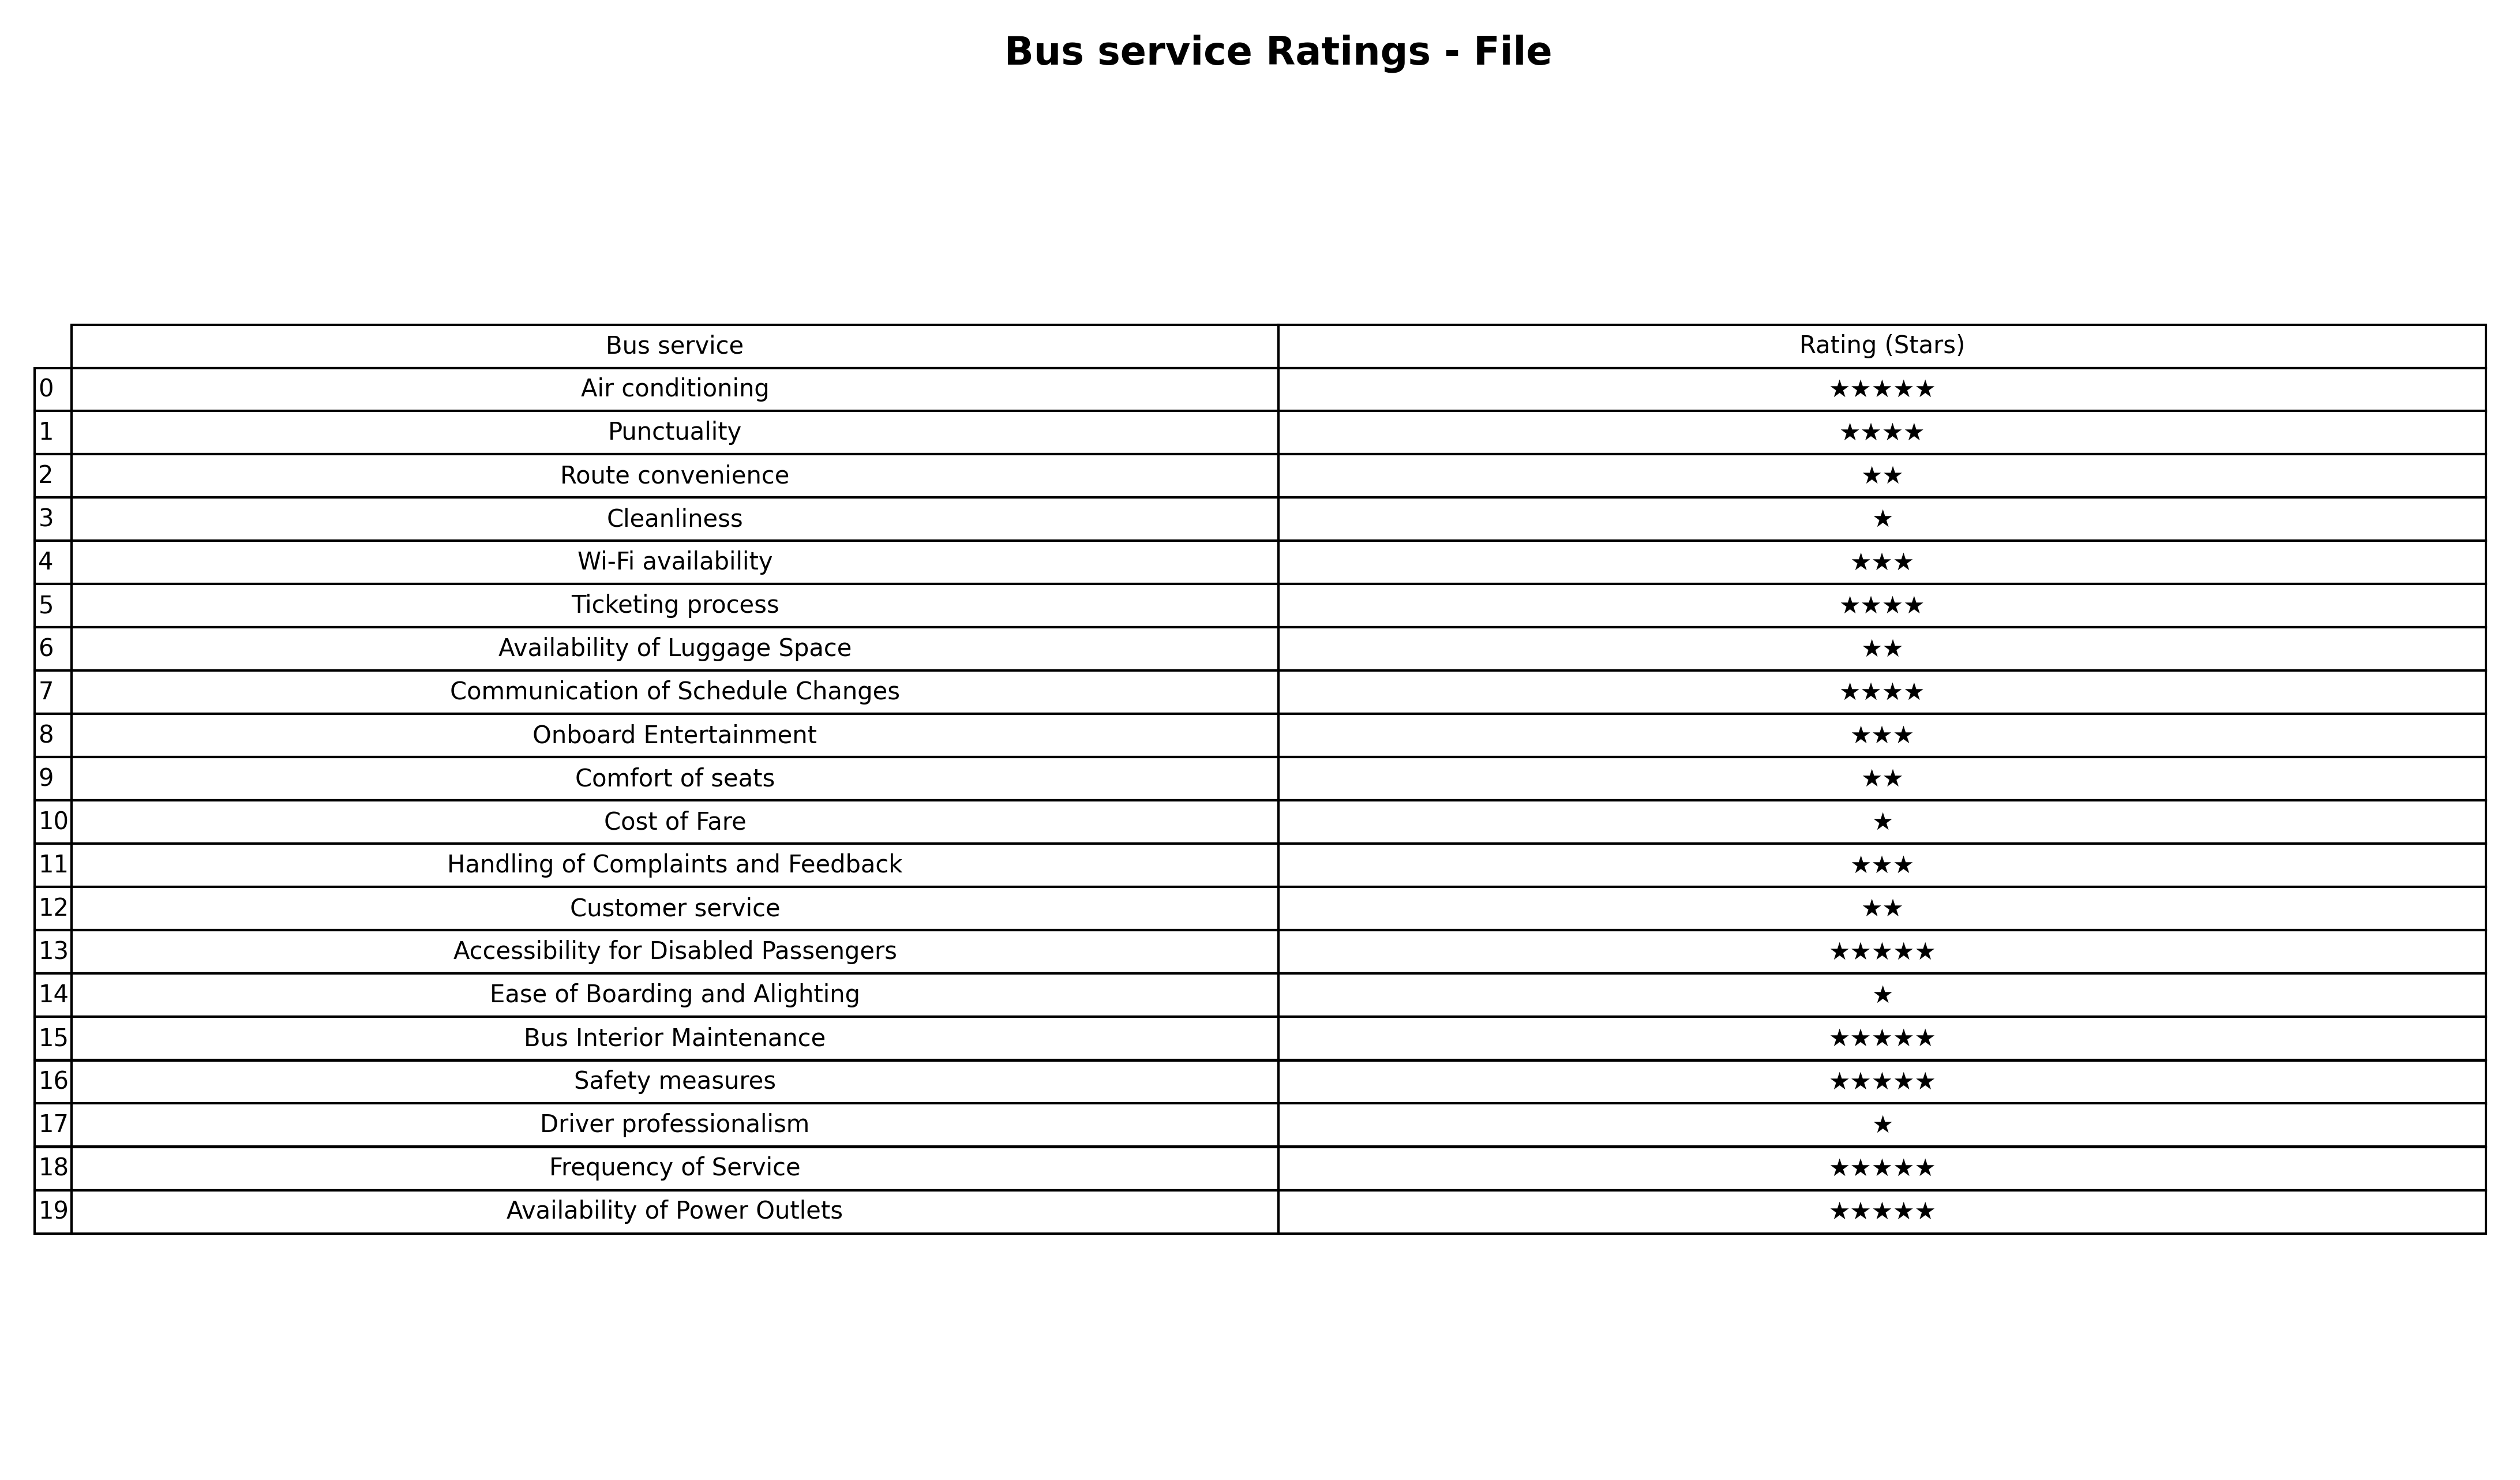
question: What are highest rating services?
answer: Air conditioningAccessibility for Disabled PassengersBus Interior MaintenanceSafety measuresFrequency of ServiceAvailability of Power Outlets